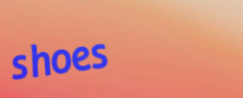
shoes